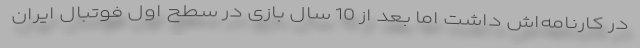
در کارنامه‌اش داشت اما بعد از 10 سال بازی در سطح اول فوتبال ایران